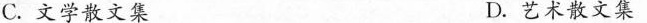
C.文学散文集 D.艺术散文集